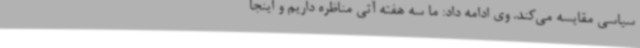
سیاسی مقایسه می‌کند. وی ادامه داد: ما سه هفته آتی مناظره داریم و اینجا